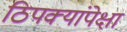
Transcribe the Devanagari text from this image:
ठिपक्यांपेक्षा